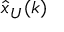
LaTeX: { \hat { x } } _ { U } ( k )